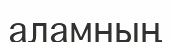
аламның